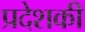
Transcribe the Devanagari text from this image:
प्रदेशकी